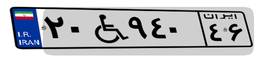
۲۰W۹۴۰۴۶